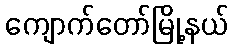
ကျောက်တော်မြို့နယ်